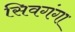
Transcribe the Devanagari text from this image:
सिवगंगा